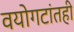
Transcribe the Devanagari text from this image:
वयोगटांतही